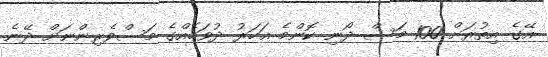
އޭގެ އިތުރަށް 100 މަސް ދޯނި ކޮންމެ އަހަރު ދުވަހެއްގެ މަސްވެރިންނަށް ދޭނެ